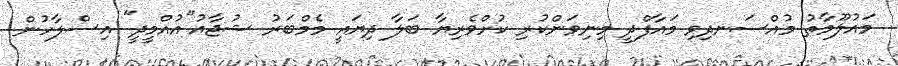
މައުލޫމާތު މުއްސަނދިވި މައާފްދީ މިނިވަންކުރި ކުށްވެރިޔާ ބަލާ ދިޔައީ މެމްބަރު ޝުޖާއު"އުއްމީދީ" އިސްލާހުން